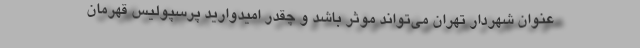
عنوان شهردار تهران می‌تواند موثر باشد و چقدر امیدوارید پرسپولیس قهرمان